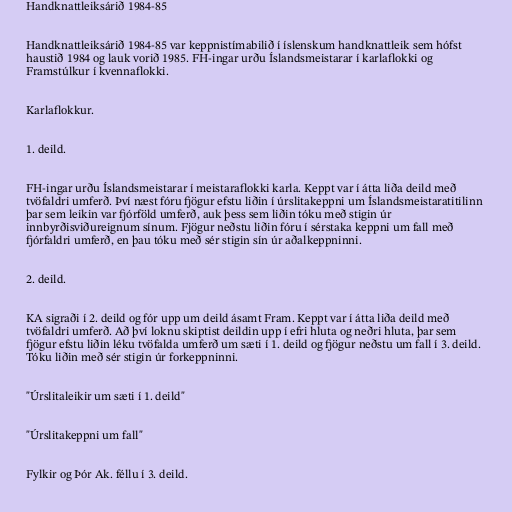
Handknattleiksárið 1984-85

Handknattleiksárið 1984-85 var keppnistímabilið í íslenskum handknattleik sem hófst
haustið 1984 og lauk vorið 1985. FH-ingar urðu Íslandsmeistarar í karlaflokki og
Framstúlkur í kvennaflokki.

Karlaflokkur.

1. deild.

FH-ingar urðu Íslandsmeistarar í meistaraflokki karla. Keppt var í átta liða deild með
tvöfaldri umferð. Því næst fóru fjögur efstu liðin í úrslitakeppni um Íslandsmeistaratitilinn
þar sem leikin var fjórföld umferð, auk þess sem liðin tóku með stigin úr
innbyrðisviðureignum sínum. Fjögur neðstu liðin fóru í sérstaka keppni um fall með
fjórfaldri umferð, en þau tóku með sér stigin sín úr aðalkeppninni.

2. deild.

KA sigraði í 2. deild og fór upp um deild ásamt Fram. Keppt var í átta liða deild með
tvöfaldri umferð. Að því loknu skiptist deildin upp í efri hluta og neðri hluta, þar sem
fjögur efstu liðin léku tvöfalda umferð um sæti í 1. deild og fjögur neðstu um fall í 3. deild.
Tóku liðin með sér stigin úr forkeppninni.

"Úrslitaleikir um sæti í 1. deild"

"Úrslitakeppni um fall"

Fylkir og Þór Ak. féllu í 3. deild.